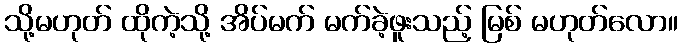
သို့မဟုတ် ထိုကဲ့သို့ အိပ်မက် မက်ခဲ့ဖူးသည့် မြစ် မဟုတ်လော။